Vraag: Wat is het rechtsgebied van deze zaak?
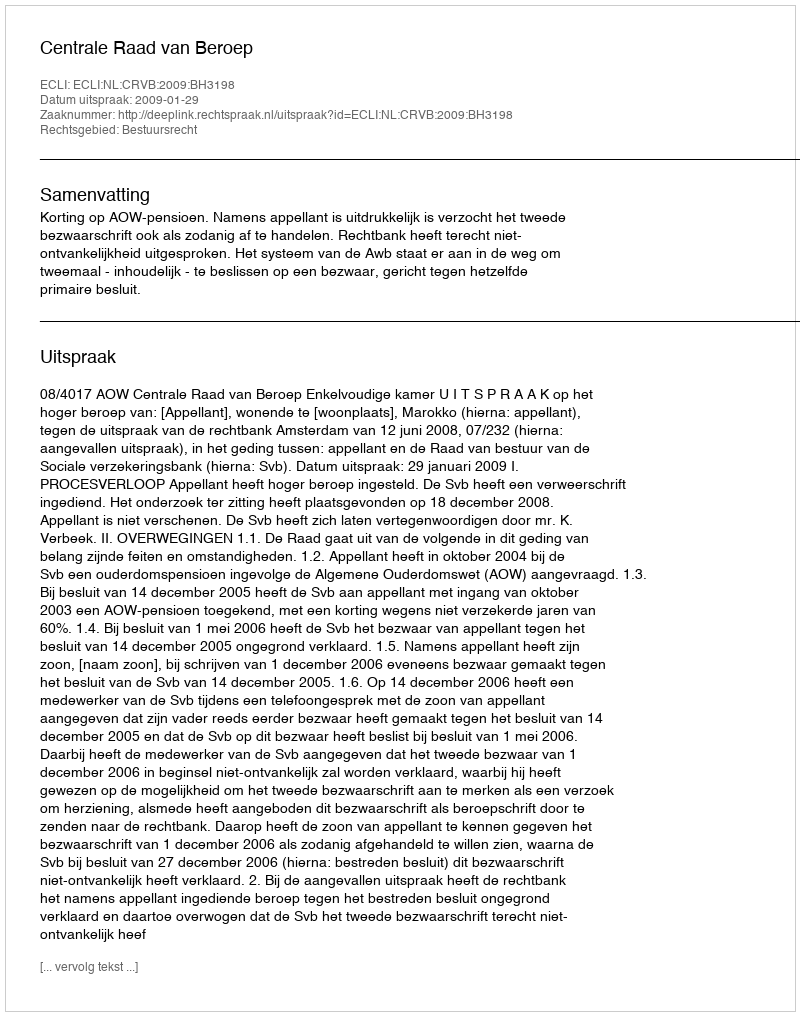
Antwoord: Bestuursrecht